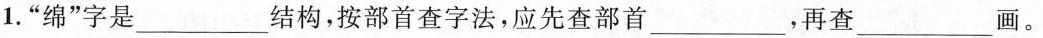
1. ”绵”字是___结构，按部首查字法，应先查部首___，再查___画。